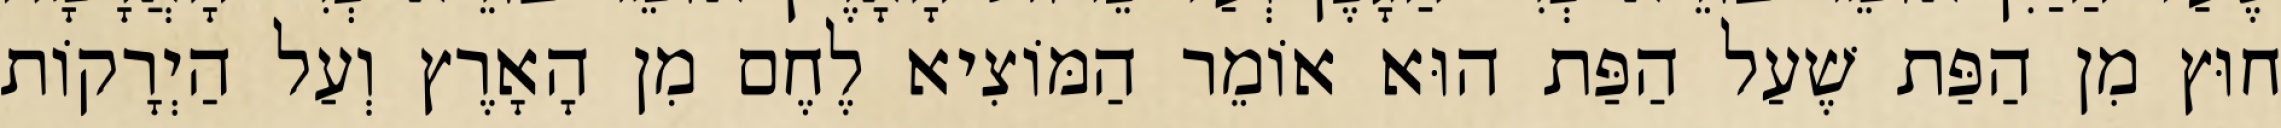
חוּץ מִן הַפַּת שֶׁעַל הַפַּת הוּא אוֹמֵר הַמּוֹצִיא לֶחֶם מִן הָאָרֶץ וְעַל הַיְרָקוֹת